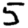
Digit: 5